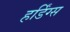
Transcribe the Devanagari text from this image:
हर्डिंग्स